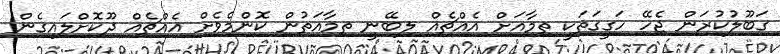
ގަބޫލުކުރަން ޖެހޭ ހަގީގަތަކީ ތިމާއަށް އެއްޗެއް ލިބޭނީ ތިމާއަތުން ކޮންމެވެށް އެއްޗެއް ދޫކޮށްލައިގެން